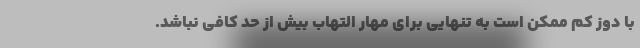
با دوز کم ممکن است به تنهایی برای مهار التهاب بیش از حد کافی نباشد.